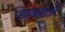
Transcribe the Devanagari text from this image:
राजवाड़ों